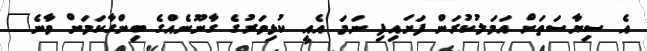
އެ ސިޔާސަތަށް އަމަލުކުރަން ފަށައިފި ނަމަ އެއީ ކުޅިވަރުގެ ގާނޫނެއްގެ ބިންގާކަމަށް ވާނެ"